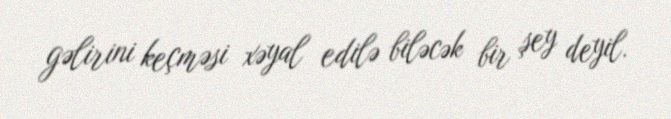
gəlirini keçməsi xəyal edilə biləcək bir şey deyil.